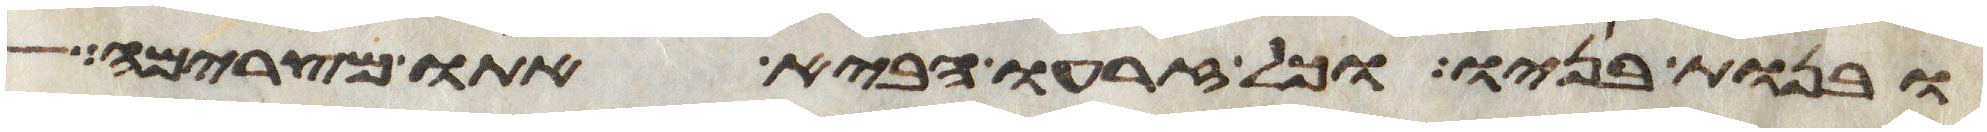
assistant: ובנות בניו וכל זרעו הביא אתו מצרימה